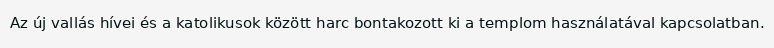
Az új vallás hívei és a katolikusok között harc bontakozott ki a templom használatával kapcsolatban.